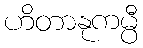
ဟိတာနုကမ္ပီ